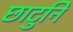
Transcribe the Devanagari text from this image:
छाटुनि